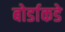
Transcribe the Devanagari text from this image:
बोर्डाकडे